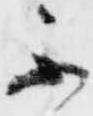
不